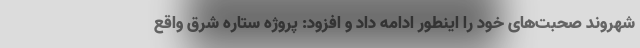
شهروند صحبت‌های خود را اینطور ادامه داد و افزود: پروژه ستاره شرق واقع